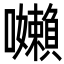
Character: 𭌽